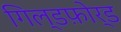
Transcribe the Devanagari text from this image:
गिल्डफ़ोर्ड